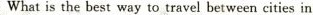
What is the best way to travel between cities in